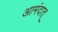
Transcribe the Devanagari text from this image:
आमंदात्‌